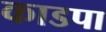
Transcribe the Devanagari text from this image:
काडपा